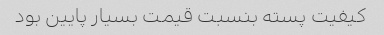
کیفیت پسته بنسبت قیمت بسیار پایین بود